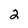
Character: 2